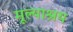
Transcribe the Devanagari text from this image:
मूल्याश्रय